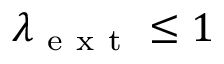
\lambda _ { \mathrm { ~ e ~ x ~ t ~ } } \leq 1